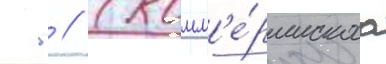
 . // (комм'е́рческаа